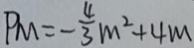
P _ { M } = - \frac { 4 } { 3 } m ^ { 2 } + 4 m